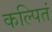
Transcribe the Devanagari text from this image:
कल्पितं